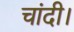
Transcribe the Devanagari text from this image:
चांदी।